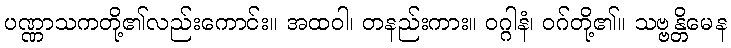
ပဏ္ဏာသကတို့၏လည်းကောင်း။ အထဝါ၊ တနည်းကား။ ဝဂ္ဂါနံ၊ ဝဂ်တို့၏။ သဗ္ဗန္တိမေန